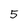
Character: 5